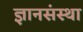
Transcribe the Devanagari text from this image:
ज्ञानसंस्था